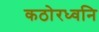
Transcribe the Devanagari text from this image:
कठोरध्वनि